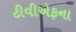
ટીવીએફના